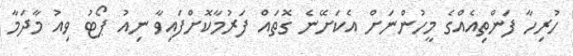
ހުރިހާ ފަންތިއެއްގެ މީހުންނަށް އެކަށޭނެ ގޮތައް ފަރުމާކޮށްފައިވާ ނިއު ޕޯޓު ވިއު މާދަމާ